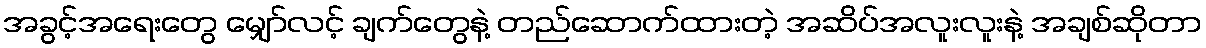
အခွင့်အရေးတွေ မျှော်လင့် ချက်တွေနဲ့ တည်ဆောက်ထားတဲ့ အဆိပ်အလူးလူးနဲ့ အချစ်ဆိုတာ